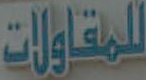
للمقاولات